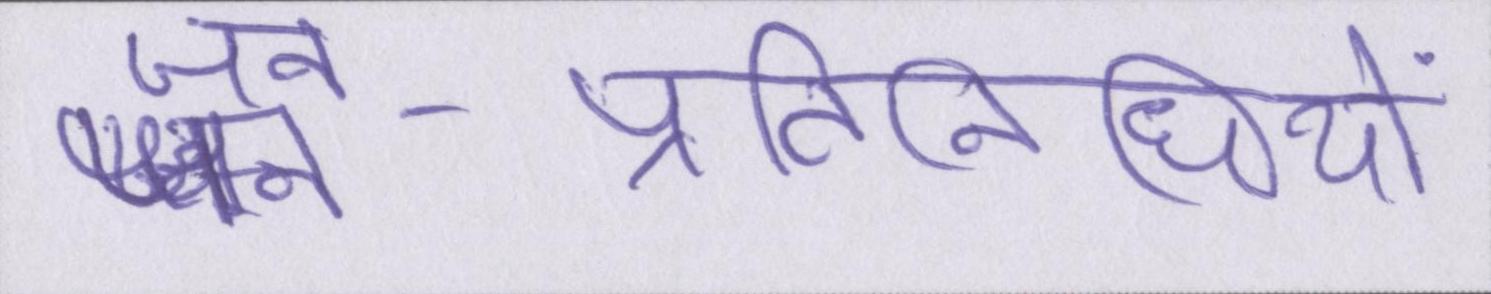
जन-प्रतिनिधियों